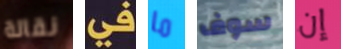
نقالة في ما سوف إن